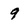
Character: 9